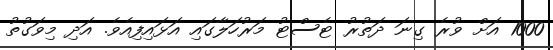
1000 އަށް ވުރެ ގިނަ ދަތުރު ޓެސްޓު މަރުހަލާގައި އަޅައިފިއެވެ. އަދި މިވަގުތު